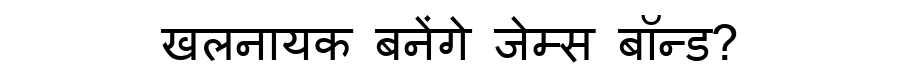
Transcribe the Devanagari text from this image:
खलनायक बनेंगे जेम्स बॉन्ड?